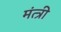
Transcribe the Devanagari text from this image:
मंत्त्री